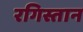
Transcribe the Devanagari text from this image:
रगिस्तान